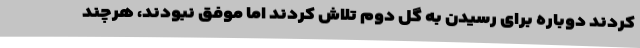
کردند دوباره برای رسیدن به گل دوم تلاش کردند اما موفق نبودند، هرچند